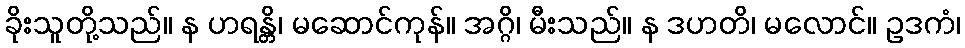
ခိုးသူတို့သည်။ န ဟရန္တိ၊ မဆောင်ကုန်။ အဂ္ဂိ၊ မီးသည်။ န ဒဟတိ၊ မလောင်။ ဥဒကံ၊